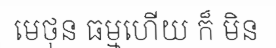
មេថុន ធម្មហើយ ក៏ មិន